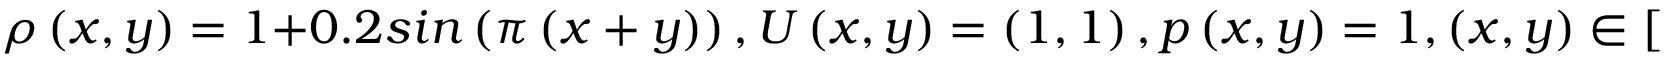
\rho \left( x , y \right) = 1 + 0 . 2 s i n \left( \pi \left( x + y \right) \right) , U \left( x , y \right) = \left( 1 , 1 \right) , p \left( x , y \right) = 1 , \left( x , y \right) \in \left[ 0 , 2 \right] \times \left[ 0 , 2 \right] .